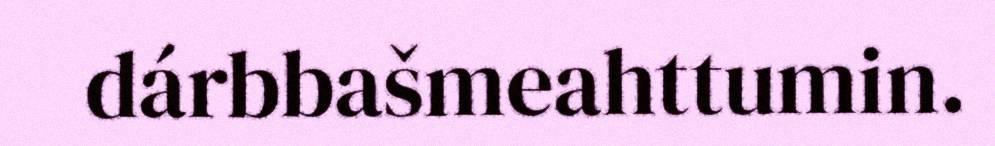
dárbbašmeahttumin.